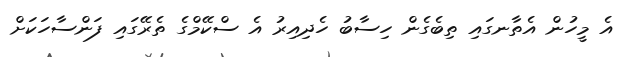
އެ މީހުން އެތާނގައި ތިބެގެން ހިސާބު ހެދިއިރު އެ ސްކޭމްގެ ތެރޭގައި ފަންސާހަކަށް